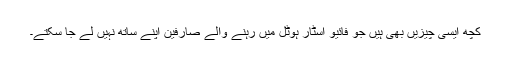
کچھ ایسی چیزیں بھی ہیں جو فائیو اسٹار ہوٹل میں رہنے والے صارفین اپنے ساتھ نہیں لے جا سکتے۔